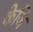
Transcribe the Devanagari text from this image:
केजि